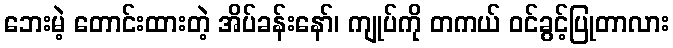
ဘေးမဲ့ တောင်းထားတဲ့ အိပ်ခန်းနော်၊ ကျုပ်ကို တကယ် ဝင်ခွင့်ပြုတာလား